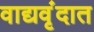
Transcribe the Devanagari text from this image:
वाद्यवृंदात